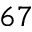
6 7